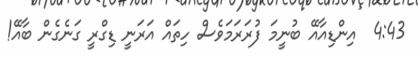
4:43  އިންޑިއާއޭ ބުނީމަ ފުރަރަމަވެސް ހިތައް އަރަނީ ޑިގްރީ ގަނެގެން ބާއޭ!